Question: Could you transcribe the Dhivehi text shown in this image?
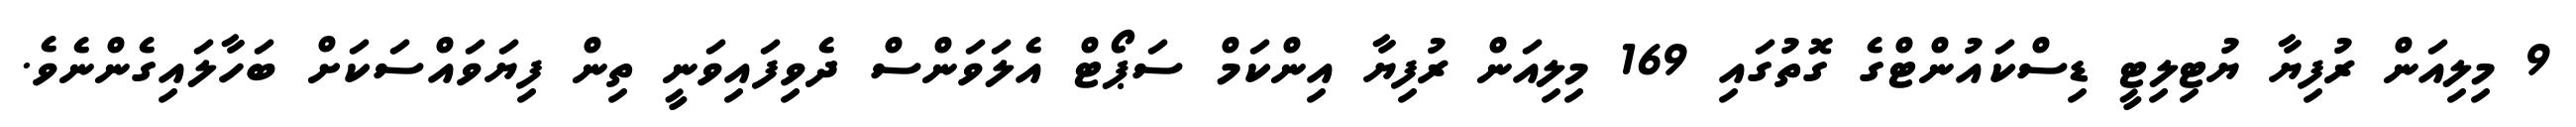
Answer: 9 މިލިއަން ރުފިޔާ ޔުޓިލިޓީ ޑިސްކައުންޓްގެ ގޮތުގައި 169 މިލިއަން ރުފިޔާ އިންކަމް ސަޕޯޓް އެލަވަންސް ދެވިފައިވަނީ ތިން ފިޔަވައްސަކަށް ބަހާލައިގެންނެވެ.